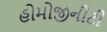
હોમોજીનીટી